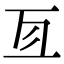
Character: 𠄣